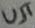
Text: UJT